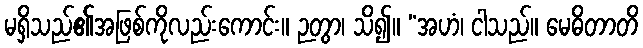
မရှိသည်၏အဖြစ်ကိုလည်းကောင်း။ ဉတွာ၊ သိ၍။ “အဟံ၊ ငါသည်။ မေဓိတာတိ